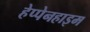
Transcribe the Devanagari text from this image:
हेप्पेनहाइम